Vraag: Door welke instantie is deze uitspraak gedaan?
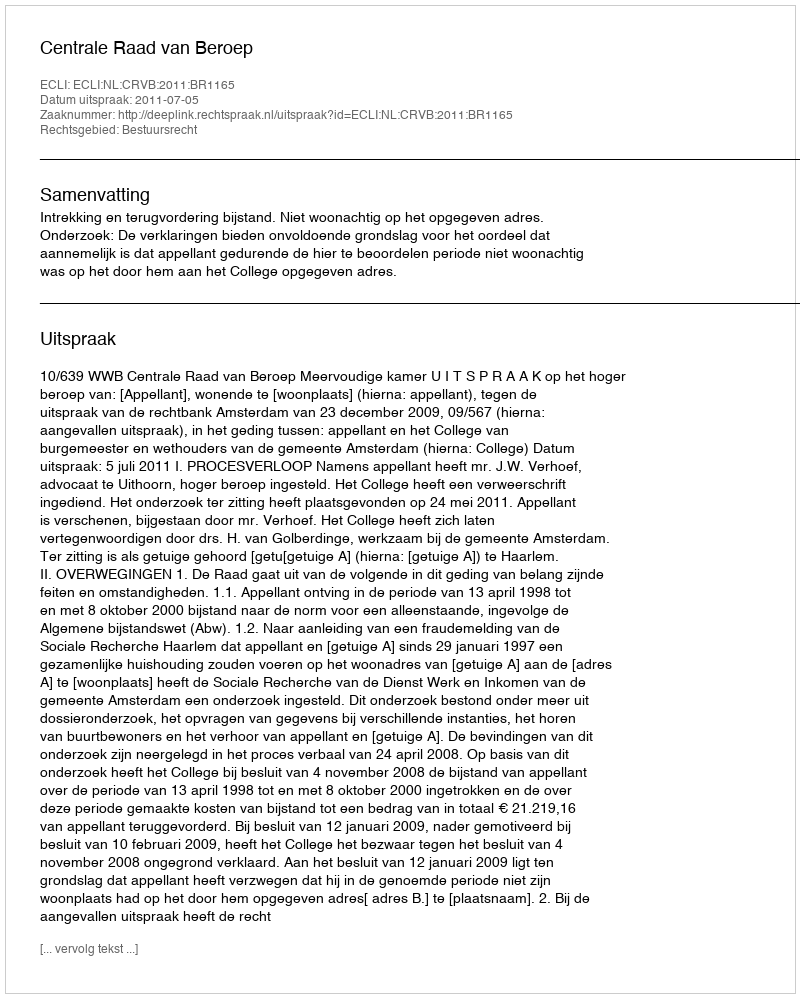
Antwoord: Centrale Raad van Beroep